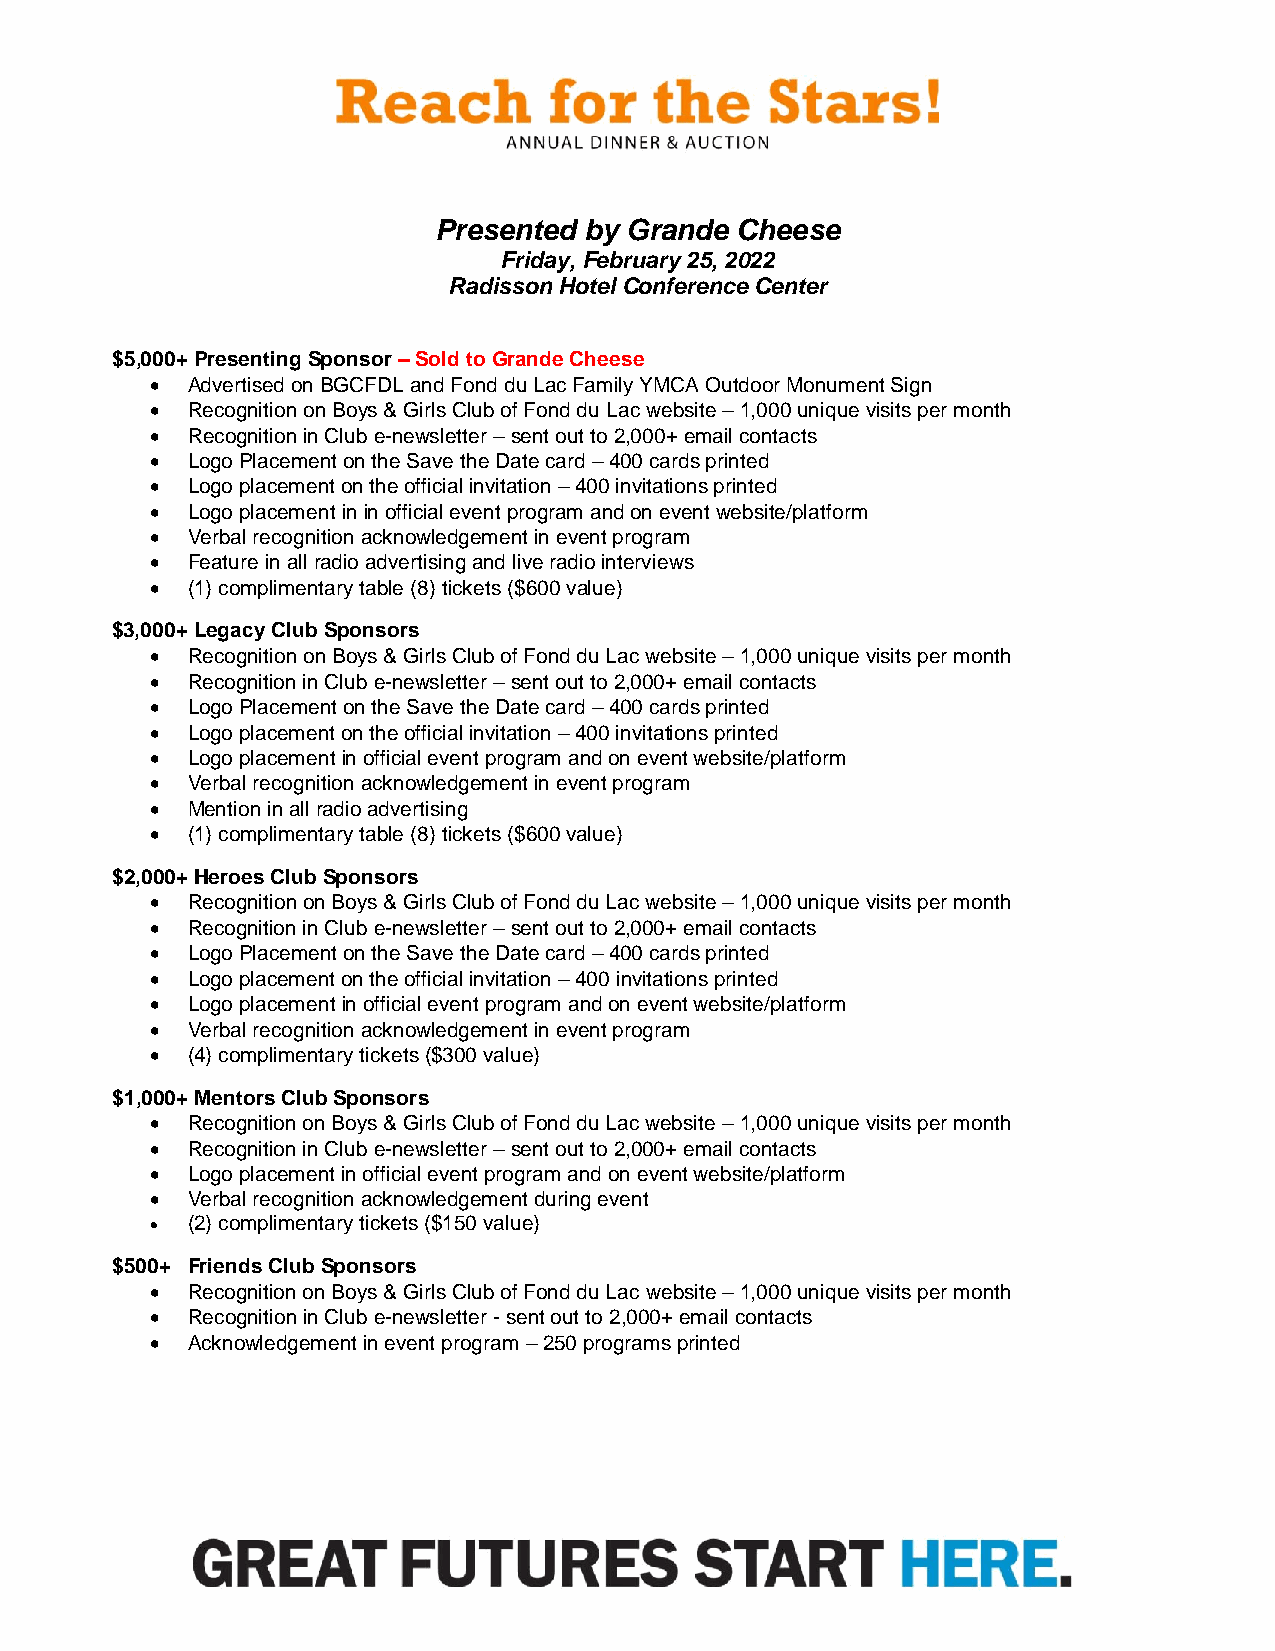
Presented by Grande Cheese
 Friday, February 25, 2022
 Radisson Hotel Conference Center
 $5,000+ Presenting Sponsor – Sold to Grande Cheese
  Advertised on BGCFDL and Fond du Lac Family YMCA Outdoor Monument Sign
  Recognition on Boys & Girls Club of Fond du Lac website – 1,000 unique visits per month
  Recognition in Club e-newsletter – sent out to 2,000+ email contacts
  Logo Placement on the Save the Date card – 400 cards printed
  Logo placement on the official invitation – 400 invitations printed
  Logo placement in in official event program and on event website/platform
  Verbal recognition acknowledgement in event program
  Feature in all radio advertising and live radio interviews
  (1) complimentary table (8) tickets ($600 value)
 $3,000+ Legacy Club Sponsors
  Recognition on Boys & Girls Club of Fond du Lac website – 1,000 unique visits per month
  Recognition in Club e-newsletter – sent out to 2,000+ email contacts
  Logo Placement on the Save the Date card – 400 cards printed
  Logo placement on the official invitation – 400 invitations printed
  Logo placement in official event program and on event website/platform
  Verbal recognition acknowledgement in event program
  Mention in all radio advertising
  (1) complimentary table (8) tickets ($600 value)
 $2,000+ Heroes Club Sponsors
  Recognition on Boys & Girls Club of Fond du Lac website – 1,000 unique visits per month
  Recognition in Club e-newsletter – sent out to 2,000+ email contacts
  Logo Placement on the Save the Date card – 400 cards printed
  Logo placement on the official invitation – 400 invitations printed
  Logo placement in official event program and on event website/platform
  Verbal recognition acknowledgement in event program
  (4) complimentary tickets ($300 value)
 $1,000+ Mentors Club Sponsors
  Recognition on Boys & Girls Club of Fond du Lac website – 1,000 unique visits per month
  Recognition in Club e-newsletter – sent out to 2,000+ email contacts
  Logo placement in official event program and on event website/platform
  Verbal recognition acknowledgement during event
  (2) complimentary tickets ($150 value)
 $500+ Friends Club Sponsors
  Recognition on Boys & Girls Club of Fond du Lac website – 1,000 unique visits per month
  Recognition in Club e-newsletter - sent out to 2,000+ email contacts
  Acknowledgement in event program – 250 programs printed